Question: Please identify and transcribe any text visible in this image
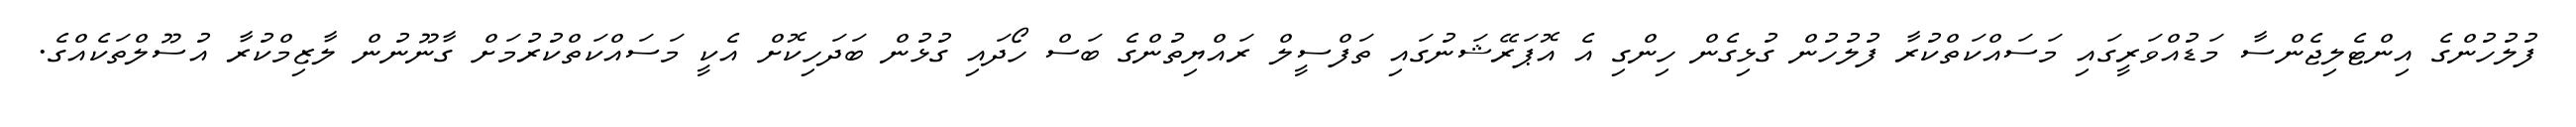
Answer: ފުލުހުންގެ އިންޓެލިޖެންސާ މަޑުއްވަރީގައި މަސައްކަތްކުރާ ފުލުހުން ގުޅިގެން ހިންގި އެ އޮޕަރޭޝަނުގައި ތަފްސީލް ރައްޔިތުންގެ ބަސް ހޯދައި ގުޅުން ބަދަހިކޮށް އެކީ މަސައްކަތްކުރުމަށް ގާނޫނުން ލާޒިމްކުރާ އުސޫލްތަކެއްގެ.